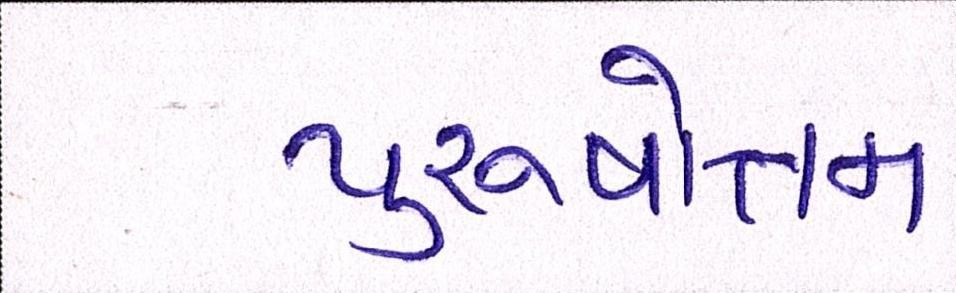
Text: પુરુષોત્તમ